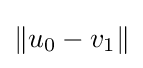
\|u_{0}-v_{1}\|